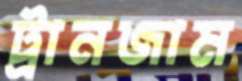
ট্রানজাম